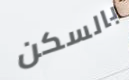
بالسكن